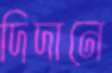
দিদানে